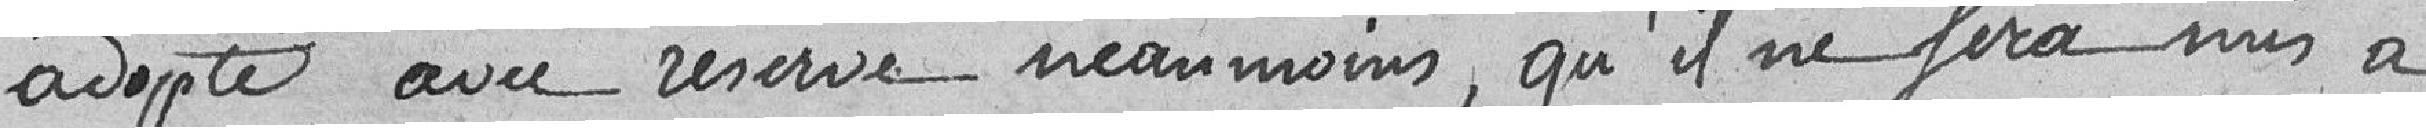
adopté avec réserve néanmoins, qu'il ne sera mis à